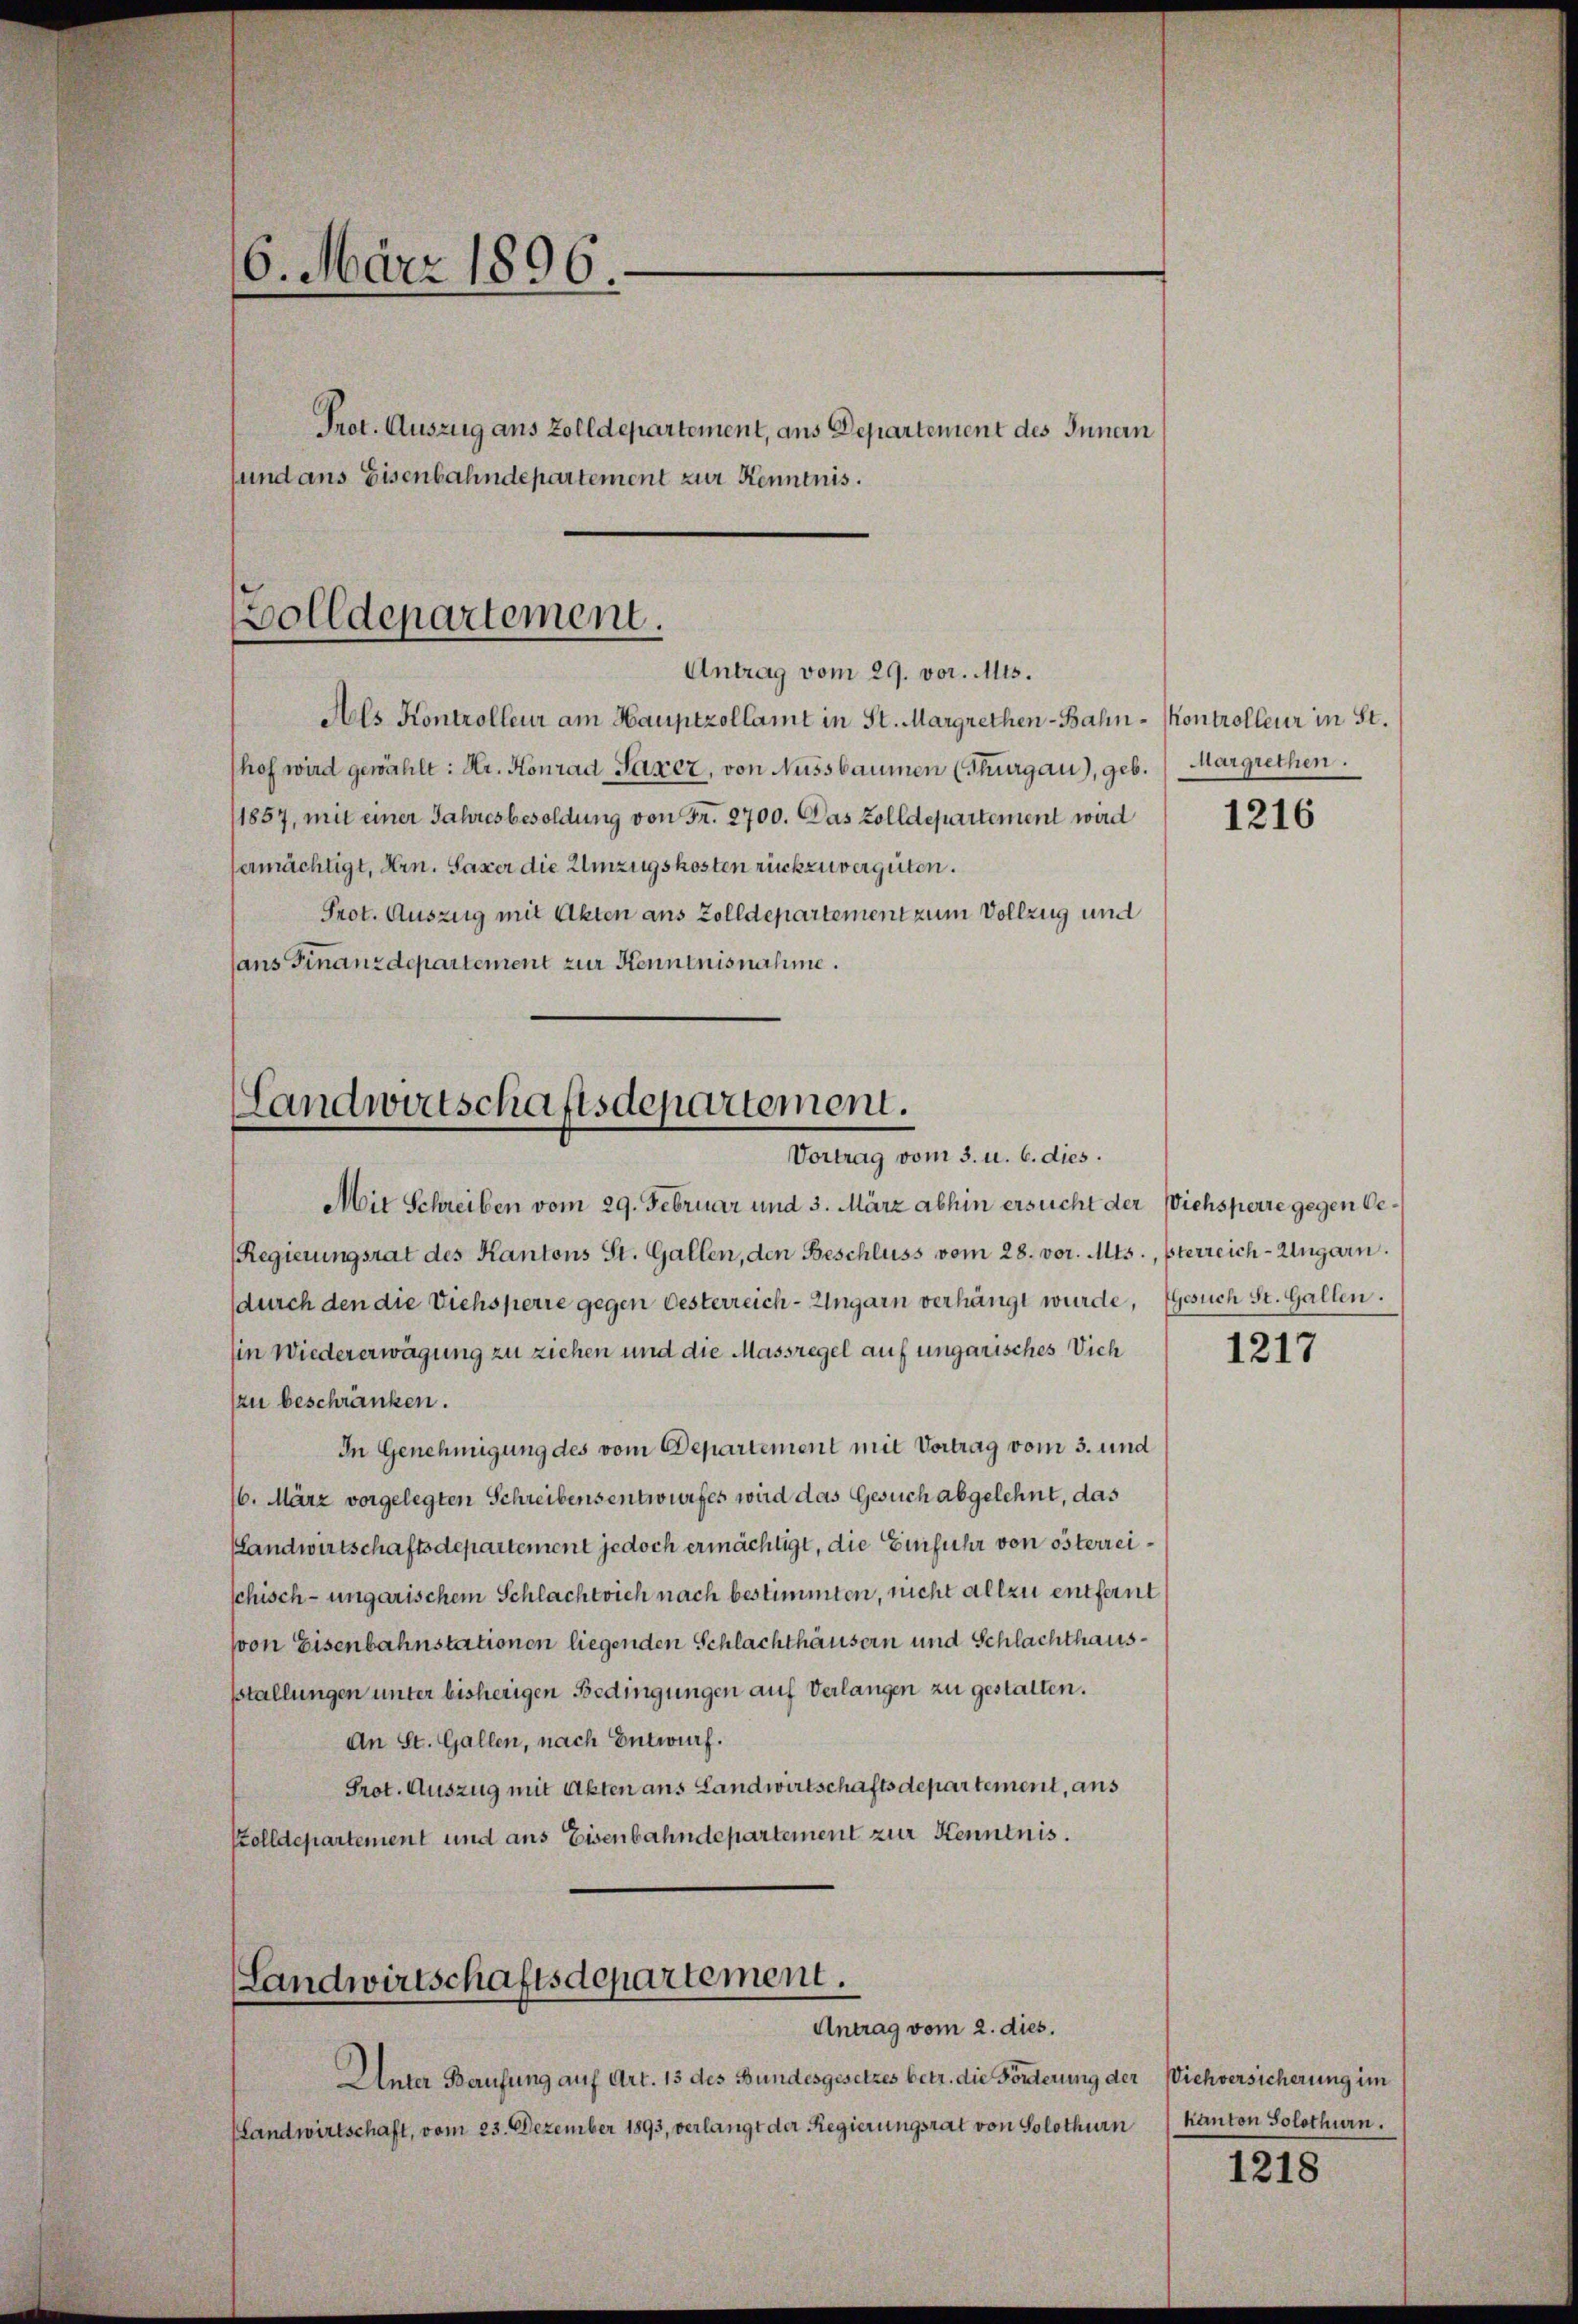
6. März 1896.
Prot. Auszug aus Zolldepartement, aus Departement des Innern
und aus Eisenbahndepartement zur Kenntnis.

Zolldepartement.
Antrag vom 29. vor. Mts.

Als Kontrolleur am Hauptzollamt in St. Margrethen-Bahn- Kontrolleur in St.
hof wird gewählt: Hr. Konrad Saxer, von Nussbaumen (Thurgau), geb. Margrethen.
1857, mit einer Jahresbesoldung von Fr. 2700. Das Zolldepartement wird
ermächtigt, Hrn. Saxer die Umzugskosten rückzuvergüten.
Prot. Auszug mit Akten aus Zolldepartement zum Vollzug und
sans Finanzdepartement zur Kenntnisnahme.

Landwirtschaftsdepartement.
Vortrag vom 3. u. 6. dies.

Mit Schreiben vom 29. Februar und 3. März abhin ersucht der Viehsperre gegen Ge¬
Regierungsrat des Kantons St. Gallen, den Beschluss vom 28. vor. Mts., sterreich-Ungarn.
durch den die Viehsperre gegen Oesterreich-Ungarn verhängt wurde, gesuch St. Gallen.
in Wiedererwägung zu ziehen und die Massregel auf ungarisches Vich
zu beschränken.
In Genehmigung des vom Departement mit Vortrag vom 3. und
16. März vorgelegten Schreibensentwurfes wird das Gesuch abgelehnt, das
slandwirtschaftsdepartement jedoch ermächtigt, die Einführ von österreischisch-ungarischem Schlachtvieh nach bestimmten, nicht allzu entfernt
von Eisenbahnstationen liegenden Schlachthäusern und Schlachthausstallungen unter bisherigen Bedingungen auf Verlangen zu gestalten.
An St. Gallen, nach Entwurf.
Prot. Auszug mit Akten aus Landwirtschaftsdepartement, aus
Stolldepartement und ans Eisenbahndepartement zur Kenntnis.

(Landwirtschaftsdepartement.
Antrag vom 2. dies.

Unter Berufung auf Art. 13 des Bundesgesetzes betr. die Förderung der Viehversicherung im
Handwirtschaft, vom 23. Dezember 1893, verlangt der Regierungsrat von Solothurn Kanton Solothurn.

1216

1217

1218